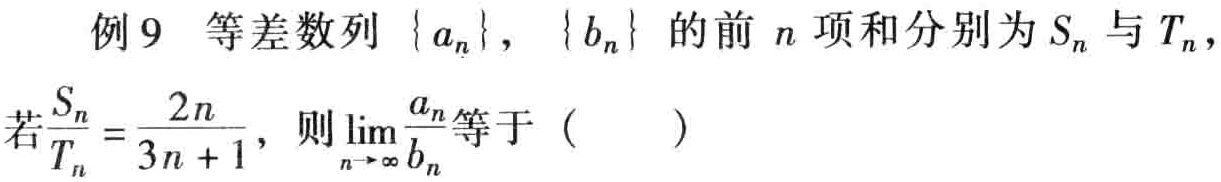
例9 等差数列\(\{ a_{n}\}\)，\(\{ b_{n}\}\)的前\(n\)项和分别为\(S_{n}\)与\(T_{n}\)，若\(\frac{S_{n}}{T_{n}} = \frac{2n}{3n + 1}\)，则\(\lim\limits_{n\rightarrow\infty}\frac{a_{n}}{b_{n}}\)等于（  ）